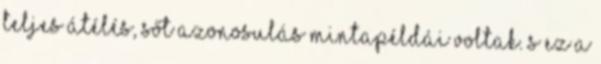
teljes átélés, sőt azonosulás mintapéldái voltak. S ez a